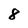
Character: 8